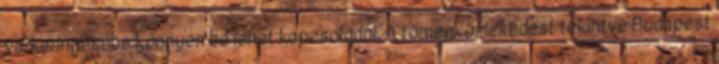
vérkeringésébe könnyen be lehet kapcsolódni. A tömegközlekedést tekintve Budapest